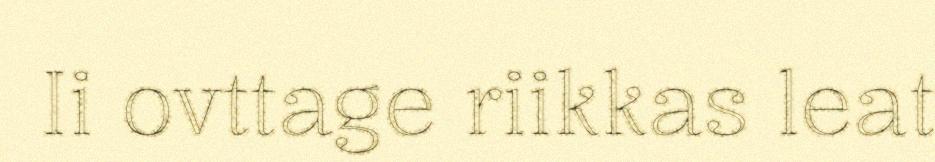
Ii ovttage riikkas leat